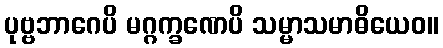
ပုဗ္ဗဘာဂေပိ မဂ္ဂက္ခဏေပိ သမ္မာသမာဓိယေဝ။